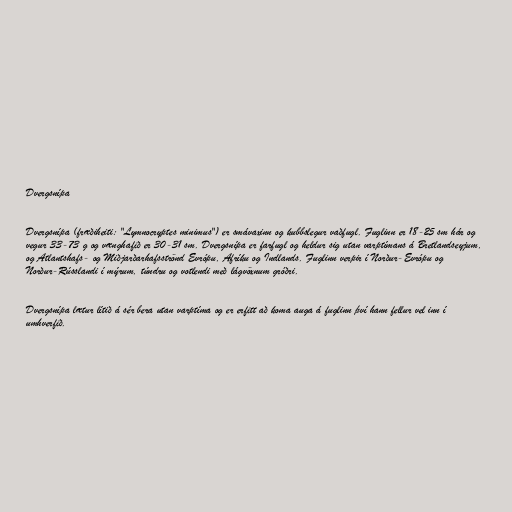
Dvergsnípa

Dvergsnípa (fræðiheiti: "Lymnocryptes minimus") er smávaxinn og kubbslegur vaðfugl. Fuglinn er 18-25 sm hár og
vegur 33-73 g og vænghafið er 30-31 sm. Dvergsnípa er farfugl og heldur sig utan varptímans á Bretlandseyjum,
og Atlantshafs- og Miðjarðarhafsströnd Evrópu, Afríku og Indlands. Fuglinn verpir í Norður-Evrópu og
Norður-Rússlandi í mýrum, túndru og votlendi með lágvöxnum gróðri.

Dvergsnípa lætur lítið á sér bera utan varptíma og er erfitt að koma auga á fuglinn því hann fellur vel inn í
umhverfið.